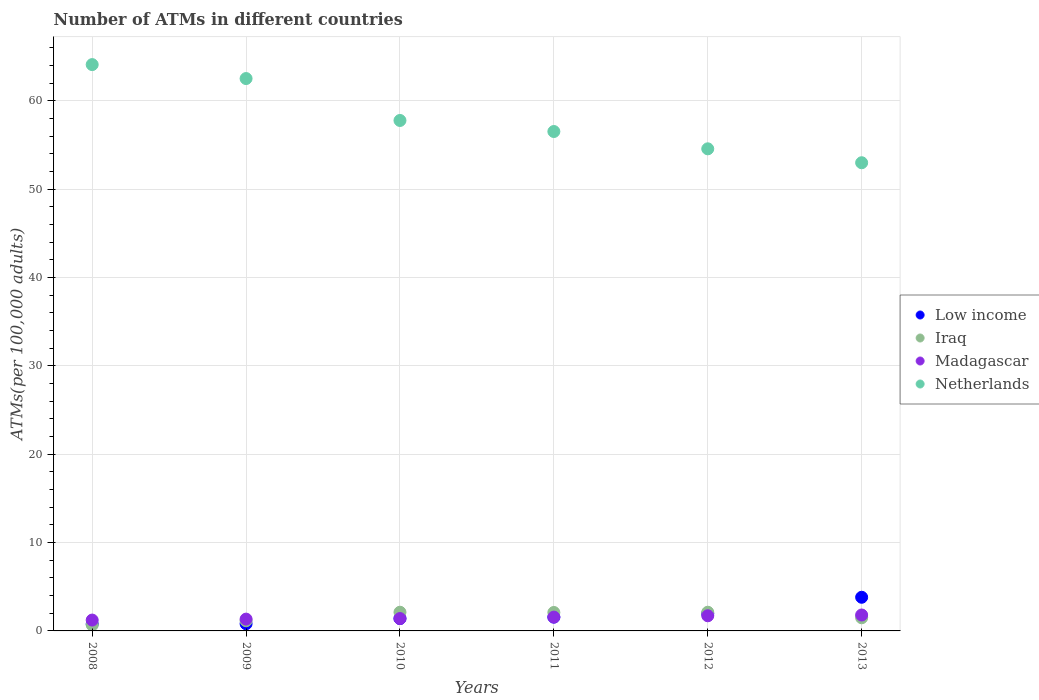
| Years | Low income | Iraq | Madagascar | Netherlands |
 | --- | --- | --- | --- | --- |
 | 2008 | 0.782 | 0.67 | 1.23 | 64.1 |
 | 2009 | 0.809 | 1.15 | 1.34 | 62.5 |
 | 2010 | 1.4 | 2.12 | 1.4 | 57.8 |
 | 2011 | 1.56 | 2.09 | 1.56 | 56.5 |
 | 2012 | 1.95 | 2.12 | 1.71 | 54.6 |
 | 2013 | 3.81 | 1.49 | 1.8 | 53 |